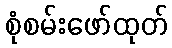
စုံစမ်းဖော်ထုတ်